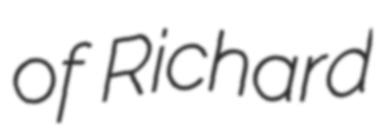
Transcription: of Richard